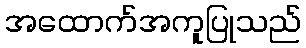
အထောက်အကူပြုသည်